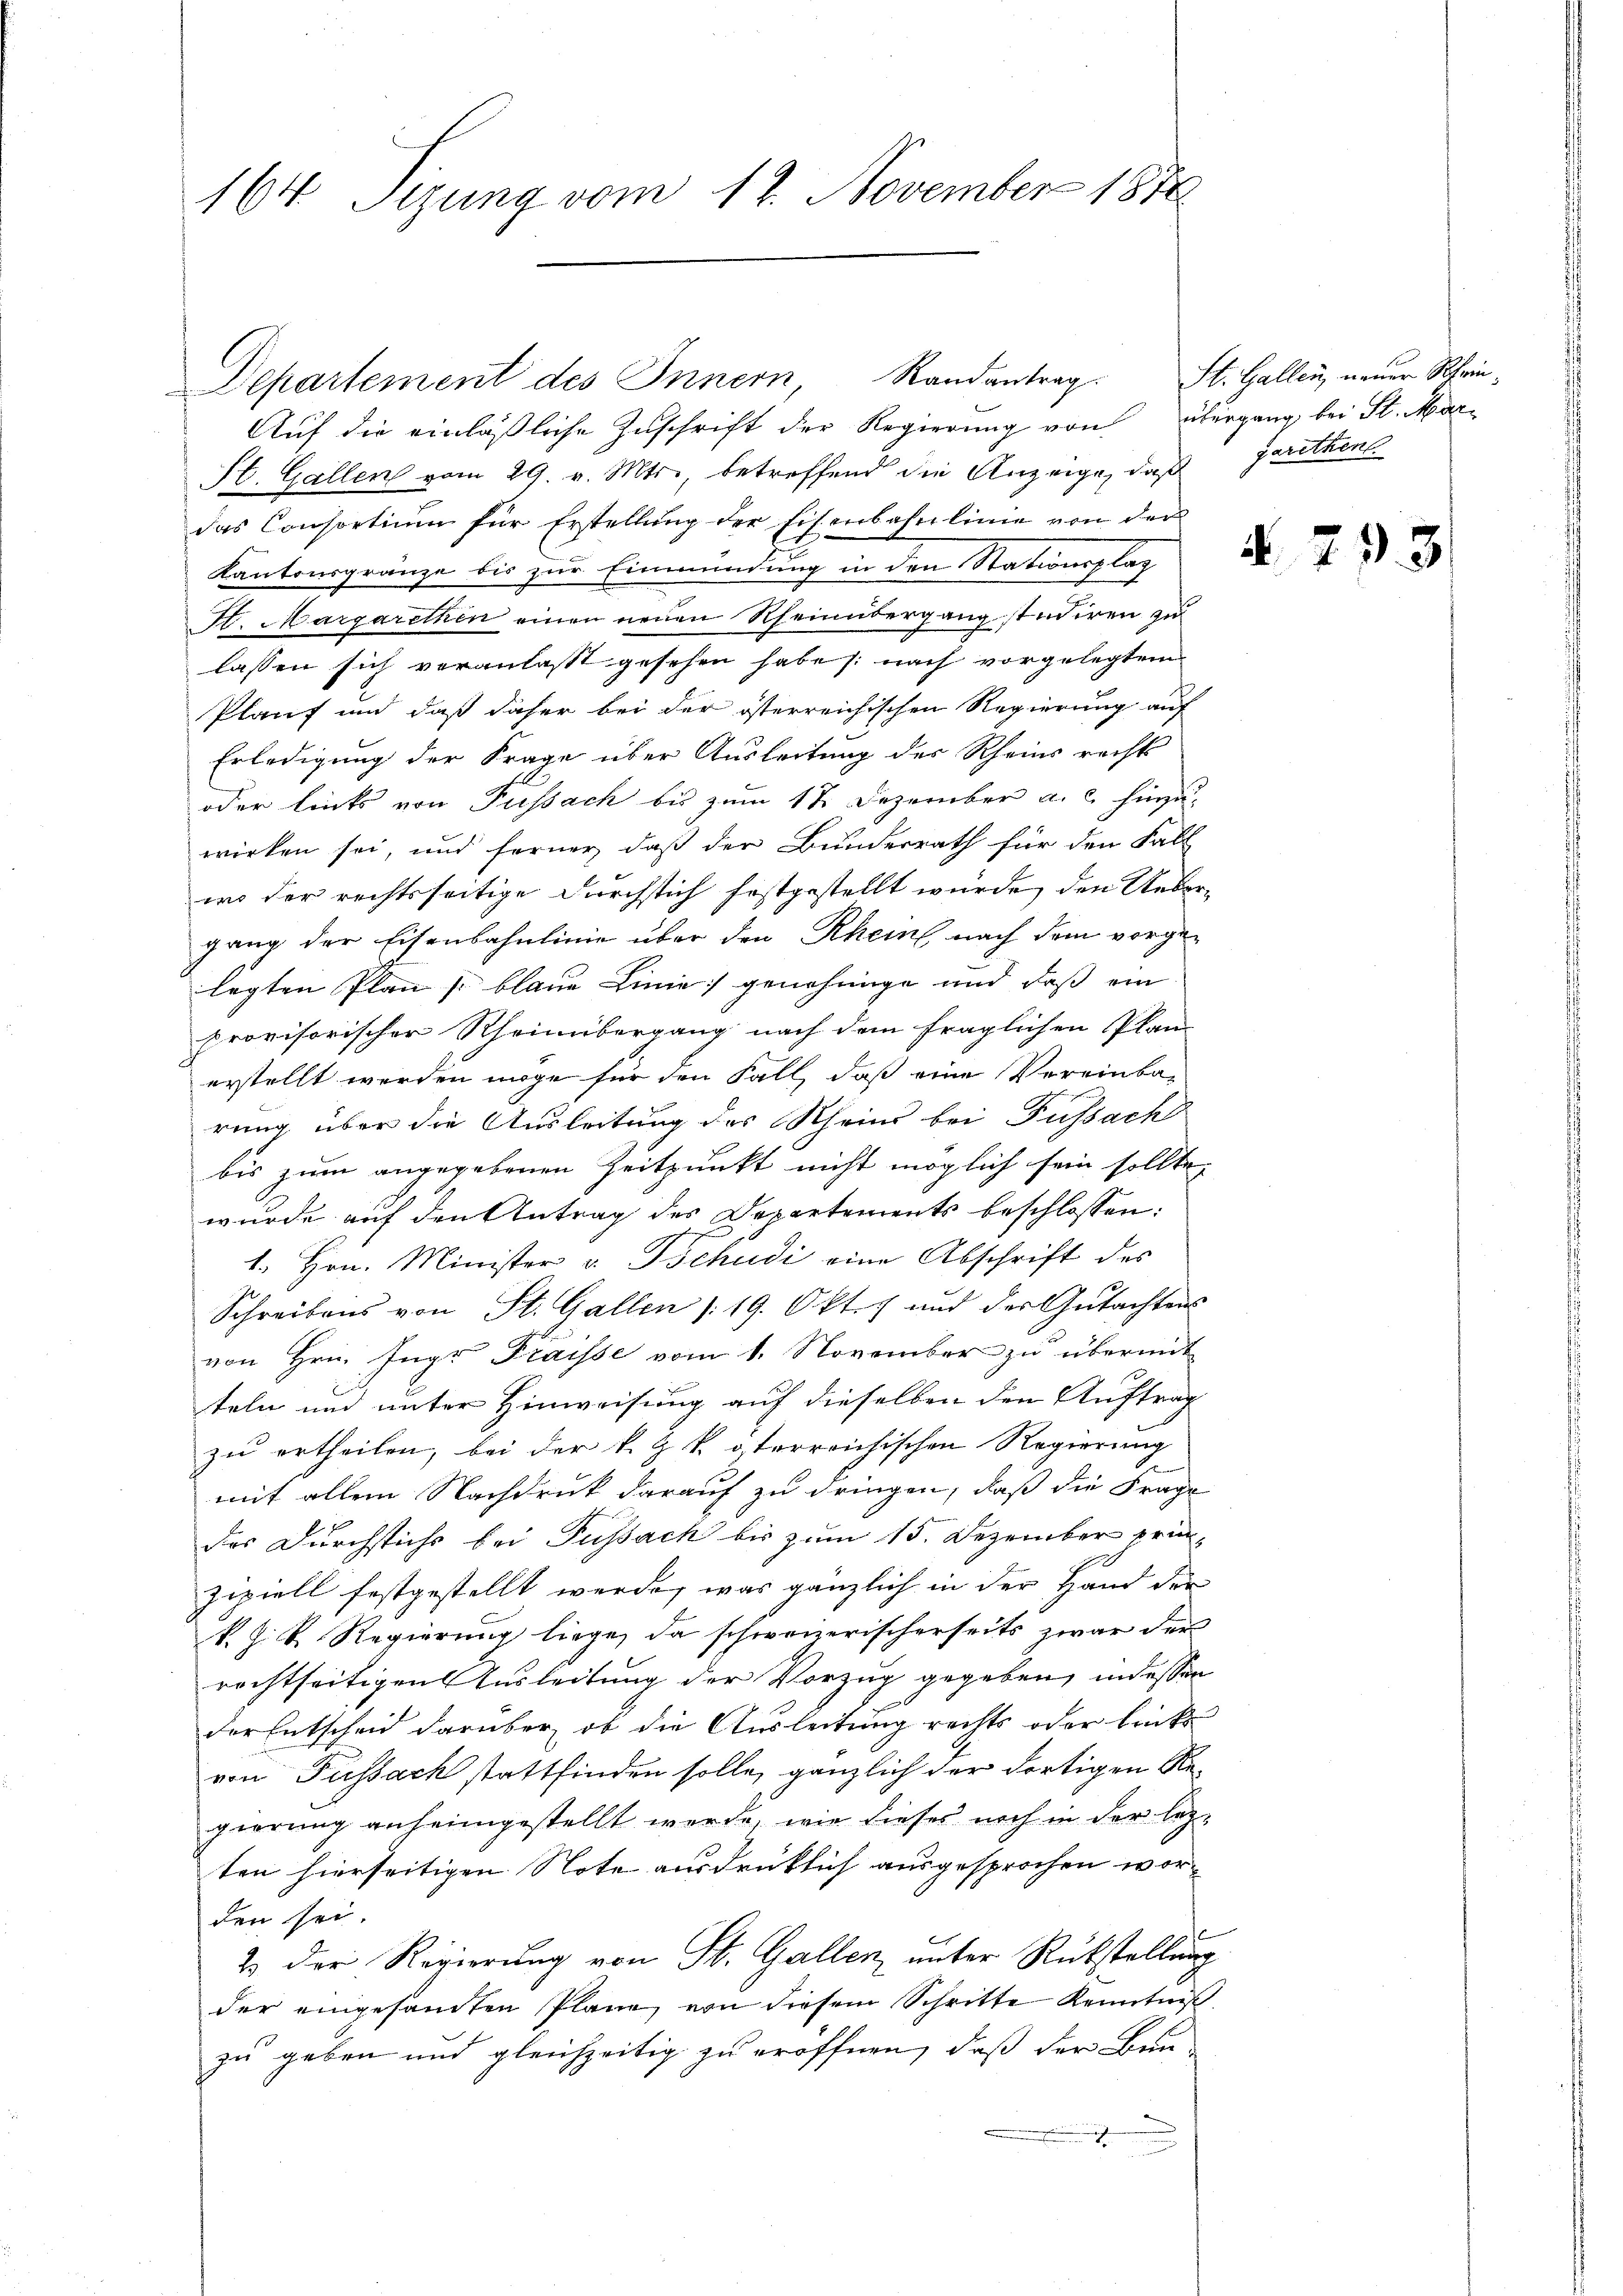
164. Sizung vom 12. November 1874

Auf die einläßliche Zuschrift der Regierung von übergang, bei St. Mar¬
St. Gallen vom 29. v. Mts., betreffend die Anzeige, daß jarethens
das Consortium für Erstellung der Eisenbahnlinie von der
Kantonsgränze bis zur Einmündung in den Stationsplat
St. Margarethen einen neuen Rheinübergang studiren zu
lassen sich veranlasst gesehen habe /: nach vorgelegtem
Plauf und daß daher bei der österreichischen Regierung auf
Erledigung der Frage über Ausleitung des Rheins rechts
oder links von Fussach bis zum 17 Dezember a. c. hierzuwirken sei, und ferner, daß der Bunderrath für den Fall
wo der rechtsseitige Durchstich festgestellt wurde, den Uebergang der Eisenbahnlinie über den Rhein nach dem vorge-
legten Plan blaue Linie genehmige und daß ein
provisorischer Rheinübergang nach dem fraglichen Plan
erstellt werden möge für den Fall, daß eine Vereinba-
rung über die Ausleitung des Rheins bei Fussach
bis zum angegebenen Zeitpunkt nicht möglich sein sollte,
wurde auf den Antrag des Departements beschlossen:
h
1. Hrn. Minister v. Tschudi eine Abschrift des
Schreibens von St. Gallen (19. Okt. 1 und der Gutachtens
von Hrn. Ingr Praisse vom 1. November zu übermit
teln und unter Hinweisung auf dieselben den Auftrag
zu ertheilen, bei der k. k. österreichischen Regierung
mit allem Nachdruck darauf zu dringen, daß die Frage
das Durchstichs bei Fussach bis zum 15. Dezember prin
zipiell festgestellt werde, was gänzlich in der Hand der
k. J. K. Regierung liege, da schweizerischerseits zwar der
rechtseitigen Ausleitung der Vorzug gegeben, indessen
der Entscheid darüber, ob die Ausleitung rechts oder links
von Fussach stattfinden solle, gänzlich der dortigen Regierung anheimgestellt werde, wie dieses noch in der lezten hierseitigen Note ausdrücklich ausgesprochen worden sei.
2. Der Regierung von St. Gallen, unter Rükstellung
der eingesandten Pläne von diesem Schritte Kenntniß
zu geben und gleichzeitig zu eröffnen, daß der Bun-
.

Departement des Innern, Randantrag. St. Gallen, neuer Schein¬

N. 713.